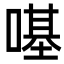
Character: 𠼻